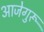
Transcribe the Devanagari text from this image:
आजेगुरू